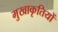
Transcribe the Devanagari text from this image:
मुखाकृतियों